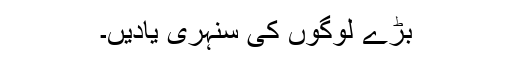
بڑے لوگوں کی سنہری یادیں۔